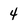
Character: 4